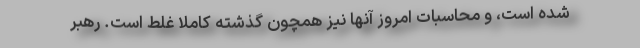
شده است، و محاسبات امروز آنها نیز همچون گذشته کاملاً غلط است. رهبر